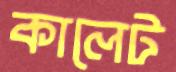
কালেট